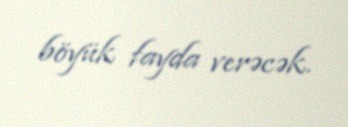
böyük fayda verəcək.